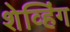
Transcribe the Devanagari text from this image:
शेव्हिंग